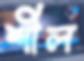
শীল